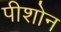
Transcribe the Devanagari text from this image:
पीशोन